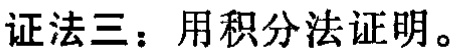
证法三：用积分法证明。